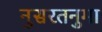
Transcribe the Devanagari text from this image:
नुसरतनुमा